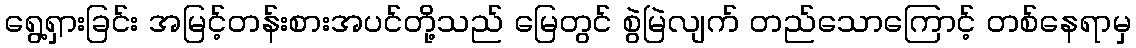
ရွေ့ရှားခြင်း အမြင့်တန်းစားအပင်တို့သည် မြေတွင် စွဲမြဲလျက် တည်သောကြောင့် တစ်နေရာမှ